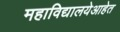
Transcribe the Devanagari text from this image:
महाविद्यालयेआहेत